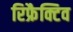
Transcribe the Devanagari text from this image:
रिफ्रैक्टिव